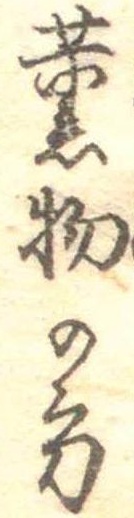
薫物の方